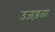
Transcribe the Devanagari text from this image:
उजड़ता